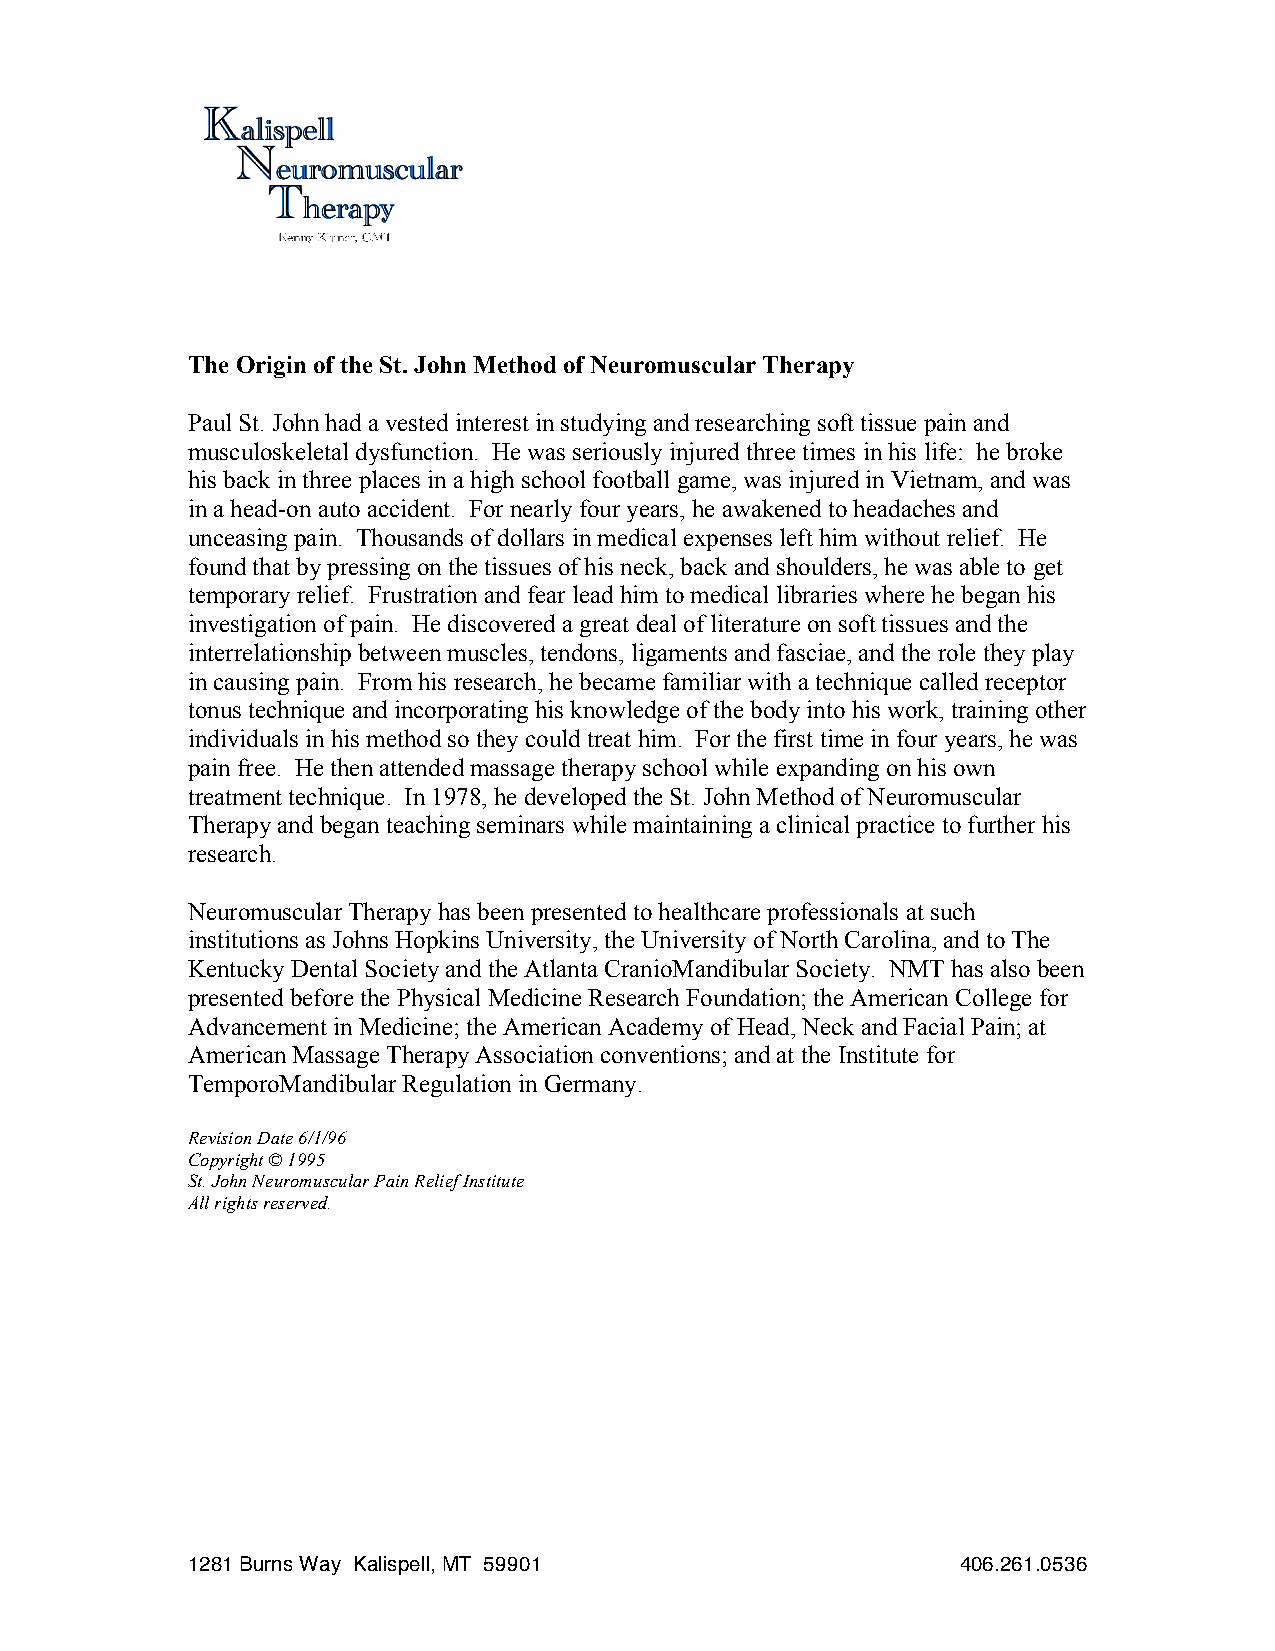
The Origin of the St. John Method of Neuromuscular Therapy
 Paul St. John had a vested interest in studying and researching soft tissue pain and
 musculoskeletal dysfunction. He was seriously injured three times in his life: he broke
 his back in three places in a high school football game, was injured in Vietnam, and was
 in a head-on auto accident. For nearly four years, he awakened to headaches and
 unceasing pain. Thousands of dollars in medical expenses left him without relief. He
 found that by pressing on the tissues of his neck, back and shoulders, he was able to get
 temporary relief. Frustration and fear lead him to medical libraries where he began his
 investigation of pain. He discovered a great deal of literature on soft tissues and the
 interrelationship between muscles, tendons, ligaments and fasciae, and the role they play
 in causing pain. From his research, he became familiar with a technique called receptor
 tonus technique and incorporating his knowledge of the body into his work, training other
 individuals in his method so they could treat him. For the first time in four years, he was
 pain free. He then attended massage therapy school while expanding on his own
 treatment technique. In 1978, he developed the St. John Method of Neuromuscular
 Therapy and began teaching seminars while maintaining a clinical practice to further his
 research.
 Neuromuscular Therapy has been presented to healthcare professionals at such
 institutions as Johns Hopkins University, the University of North Carolina, and to The
 Kentucky Dental Society and the Atlanta CranioMandibular Society. NMT has also been
 presented before the Physical Medicine Research Foundation; the American College for
 Advancement in Medicine; the American Academy of Head, Neck and Facial Pain; at
 American Massage Therapy Association conventions; and at the Institute for
 TemporoMandibular Regulation in Germany.
 Revision Date 6/1/96
 Copyright © 1995
 St. John Neuromuscular Pain Relief Institute
 All rights reserved.
 1281 Burns Way Kalispell, MT 59901                  406.261.0536